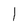
Character: 1